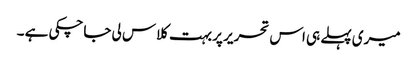
میری پہلے ہی اس تحریر پر بہت کلاس لی جاچکی ہے ۔